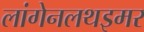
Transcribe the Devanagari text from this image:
लांगेनलथइमर